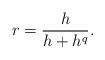
LaTeX: \begin{align*}r = \frac{h}{h+h^q}.\end{align*}